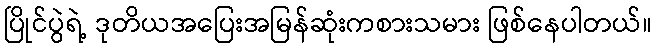
ပြိုင်ပွဲရဲ့ ဒုတိယအပြေးအမြန်ဆုံးကစားသမား ဖြစ်နေပါတယ်။